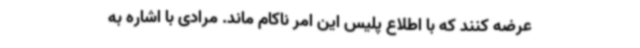
عرضه کنند که با اطلاع پلیس این امر ناکام ماند. مرادی با اشاره به